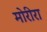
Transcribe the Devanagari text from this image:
मोरीरा